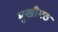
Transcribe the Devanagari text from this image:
मुखीमठ